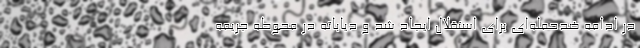
در ادامه ضدحمله‌ای برای استقلال ایجاد شد و دیاباته در محوطه جریمه